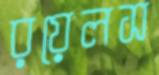
রয়েলস